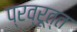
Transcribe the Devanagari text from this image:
प्रव्रूत्त